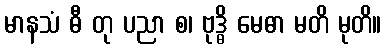
မာနသံ ဓီ တု ပညာ စ၊ ဗုဒ္ဓိ မေဓာ မတိ မုတိ။